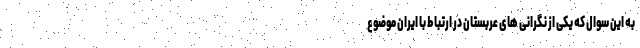
به این سوال که یکی از نگرانی های عربستان در ارتباط با ایران موضوع